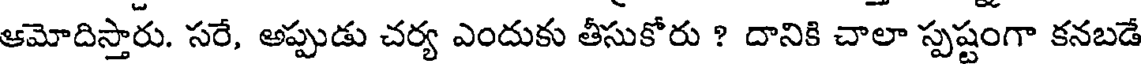
ఆమోదిస్తారు. సరే, అప్పుడు చర్య ఎందుకు తీసుకోరు ? దానికి చాలా స్పష్టంగా కనబడే